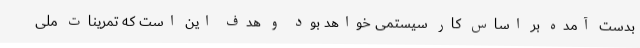
بدست آمده بر اساس کار سیستمی خواهد بود و هدف این است که تمرینات ملی